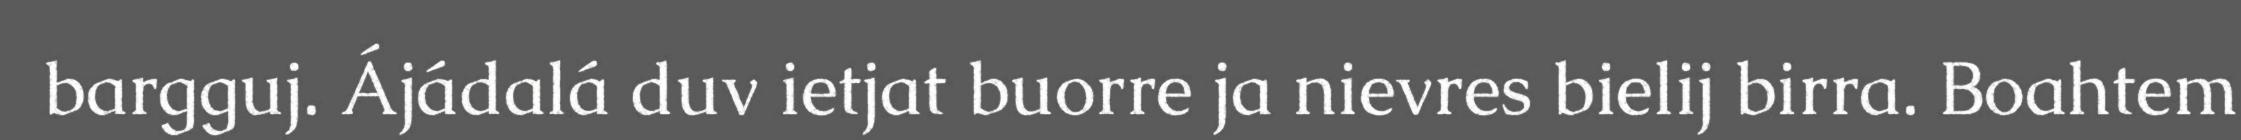
bargguj. Ájádalá duv ietjat buorre ja nievres bielij birra. Boahtem